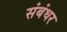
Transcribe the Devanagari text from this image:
संबंधर